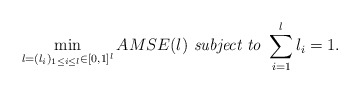
\begin{align*}\min_{\l=(\l_i)_{1\leq i \leq l}\in [0,1]^l} AMSE(\l) \textit{ subject to }\sum_{i=1}^{l} \l_i = 1.\end{align*}